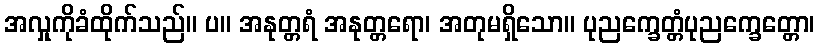
အလှုကိုခံထိုက်သည်။ ပ။ အနုတ္တရံ အနုတ္တရော၊ အတုမရှိသော။ ပုညက္ခေတ္တံပုညက္ခေတ္တော၊